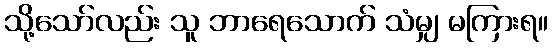
သို့သော်လည်း သူ ဘာရေသောက် သံမျှ မကြားရ။